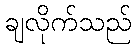
ချလိုက်သည်